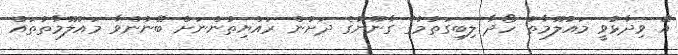
އޭާ ވިދާޅުވީ މައުލޫމާތު ހޯދާ ލިބިގަތުމުގެ ގާނޫނުގެ ދަށުން ރައްޔިތުންނަށް ބޭނުންވާ މައުލޫމާތުތައް